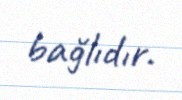
bağlıdır.